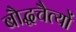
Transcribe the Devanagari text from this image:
बौद्धचैत्यों